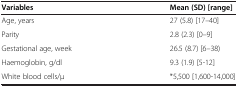
<table><thead><tr><td><b>Variables</b></td><td><b>Mean (SD) [range]</b></td></tr></thead><tbody><tr><td>Age, years</td><td>27 (5.8) [17–40]</td></tr><tr><td>Parity</td><td>2.8 (2.3) [0–9]</td></tr><tr><td>Gestational age, week</td><td>26.5 (8.7) [6–38)</td></tr><tr><td>Haemoglobin, g/dl</td><td>9.3 (1.9) [5-12]</td></tr><tr><td>White blood cells/μ</td><td>*5,500 [1,600-14,000]</td></tr></tbody></table>